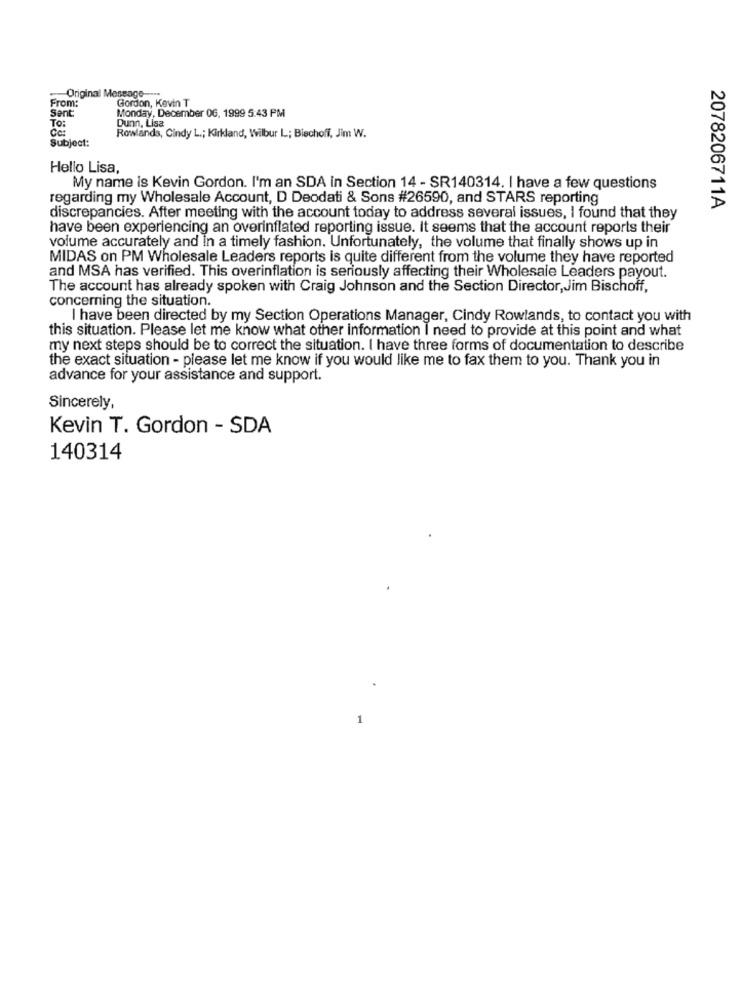
From:
Original Message-
Gordon, Kevin T
Sent:
Dunn, Lisa
Monday, December 06, 1999 5:43 PM
To:
Cc:
Subject:
Rowlands, Cindy L .; Kirkland, Wilbur L; Bischoff, Jim W.
Hello Lisa,
My name is Kevin Gordon. I'm an SDA in Section 14 - SR140314. I have a few questions
regarding my Wholesale Account, D Deodati & Sons #26590, and STARS reporting
2078206711A
discrepancies. After meeting with the account today to address several issues, I found that they
have been experiencing an overinflated reporting issue. It seems that the account reports their
volume accurately and In a timely fashion. Unfortunately, the volume that finally shows up in
MIDAS on PM Wholesale Leaders reports is quite different from the volume they have reported
and MSA has verified. This overinflation is seriously affecting their Wholesale Leaders payout.
The account has already spoken with Craig Johnson and the Section Director,Jim Bischoff,
concerning the situation.
I have been directed by my Section Operations Manager, Cindy Rowlands, to contact you with
this situation. Please let me know what other information I need to provide at this point and what
my next steps should be to correct the situation. I have three forms of documentation to describe
the exact situation - please let me know if you would like me to fax them to you. Thank you in
advance for your assistance and support.
Sincerely,
Kevin T. Gordon - SDA
140314
1